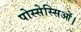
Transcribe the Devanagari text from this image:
पोस्सेस्सिओं।